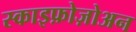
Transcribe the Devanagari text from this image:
स्काइफ़ोज़ोअन